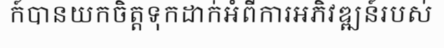
ក៍បានយកចិត្តទុកដាក់អំពីការអភិវឌ្ឍន៍របស់